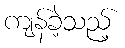
ကျန်ခဲ့သည့်